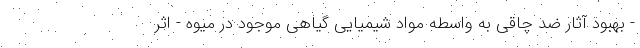
- بهبود آثار ضد چاقی به واسطه مواد شیمیایی گیاهی موجود در میوه - اثر